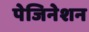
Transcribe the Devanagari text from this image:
पेजिनेशन